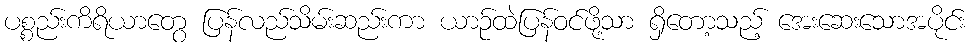
ပစ္စည်းကိရိယာတွေ ပြန်လည်သိမ်းဆည်းကာ ယာဉ်ထဲပြန်ဝင်ဖို့သာ ရှိတော့သည့် အေးဆေးသောအပိုင်း